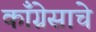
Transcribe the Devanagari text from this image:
काँग्रेसाचे